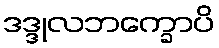
ဒဒ္ဒုလဘက္ခောပိ